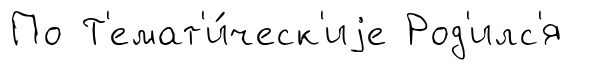
По Т'емат'и́ческ'иjе Род'илс'я